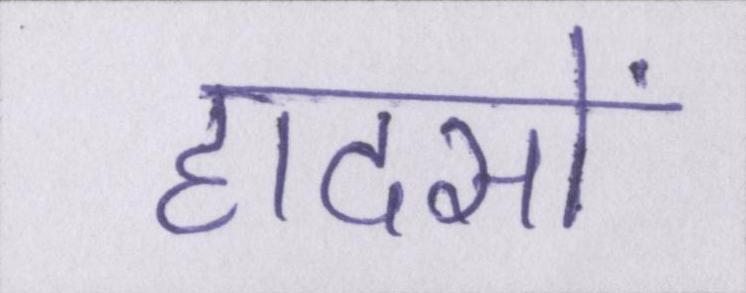
हादसों